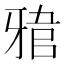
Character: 𤘎